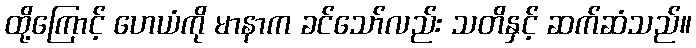
ထို့ကြောင့် ဟေယံကို မာနာက ခင်သော်လည်း သတိနှင့် ဆက်ဆံသည်။